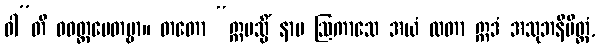
ဝါ”တိ ဝဝတ္ထပေတဗ္ဗာ။ တတော “ဣမသ္မိံ နာမ ဩကာသေ အယံ လတာ ဣဒံ အသုဘနိမိတ္တံ,